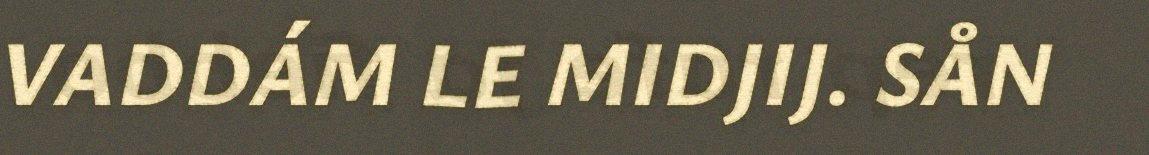
VADDÁM LE MIDJIJ. SÅN